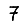
Digit: 7